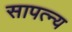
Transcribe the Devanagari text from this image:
सापत्न्य